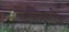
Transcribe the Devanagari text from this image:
योग्दानकारी